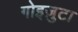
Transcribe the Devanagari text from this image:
गोइज़ुटा